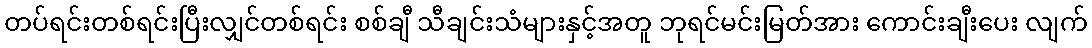
တပ်ရင်းတစ်ရင်းပြီးလျှင်တစ်ရင်း စစ်ချီ သီချင်းသံများနှင့်အတူ ဘုရင်မင်းမြတ်အား ကောင်းချီးပေး လျက်